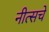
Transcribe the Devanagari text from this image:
नीत्सचे